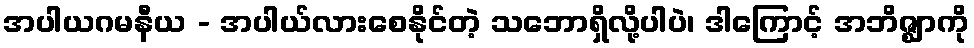
အပါယဂမနီယ - အပါယ်လားစေနိုင်တဲ့ သဘောရှိလို့ပါပဲ၊ ဒါကြောင့် အဘိဇ္ဈာကို